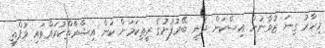
މިހާރު ގިނަ ޒުވާނުން އިސްކަން ދެނީ ބޭރުފުށުގެ ރީތިކަމަށް ކަން އިޝާރާތްކުރައްވައި މުފްތީ